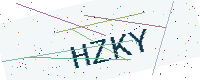
Text: HZKY